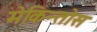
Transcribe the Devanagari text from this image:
मेकिन्तोस